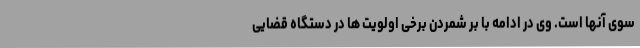
سوی آنها است. وی در ادامه با بر شمردن برخی اولویت ها در دستگاه قضایی